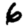
Digit: 6